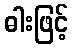
ဓါးဖြင့်